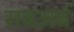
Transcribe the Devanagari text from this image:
सबअर्ब